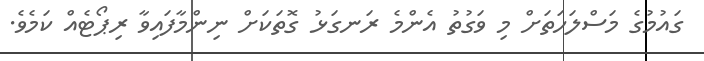
ގައުމުގެ މަސްލަހަތަށް މި ވަގުތު އެންމެ ރަނގަޅު ގޮތަކަށް ނިންމާފައިވާ ރިޕޯޓެއް ކަމެވެ.